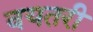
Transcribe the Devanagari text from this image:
वयतरी